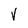
Character: V